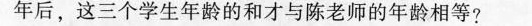
年后，这三个学生年龄的和才与陈老师的年龄相等?